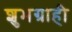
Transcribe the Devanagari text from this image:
शुभग्राही